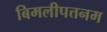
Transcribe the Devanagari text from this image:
बिमलीपत्तनम